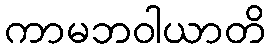
ကာမဘဝါယာတိ